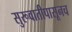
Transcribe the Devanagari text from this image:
सुरूवातीपासूनच